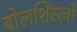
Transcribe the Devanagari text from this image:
बोलशिंस्त्वो